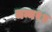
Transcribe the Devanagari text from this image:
जन्म२४